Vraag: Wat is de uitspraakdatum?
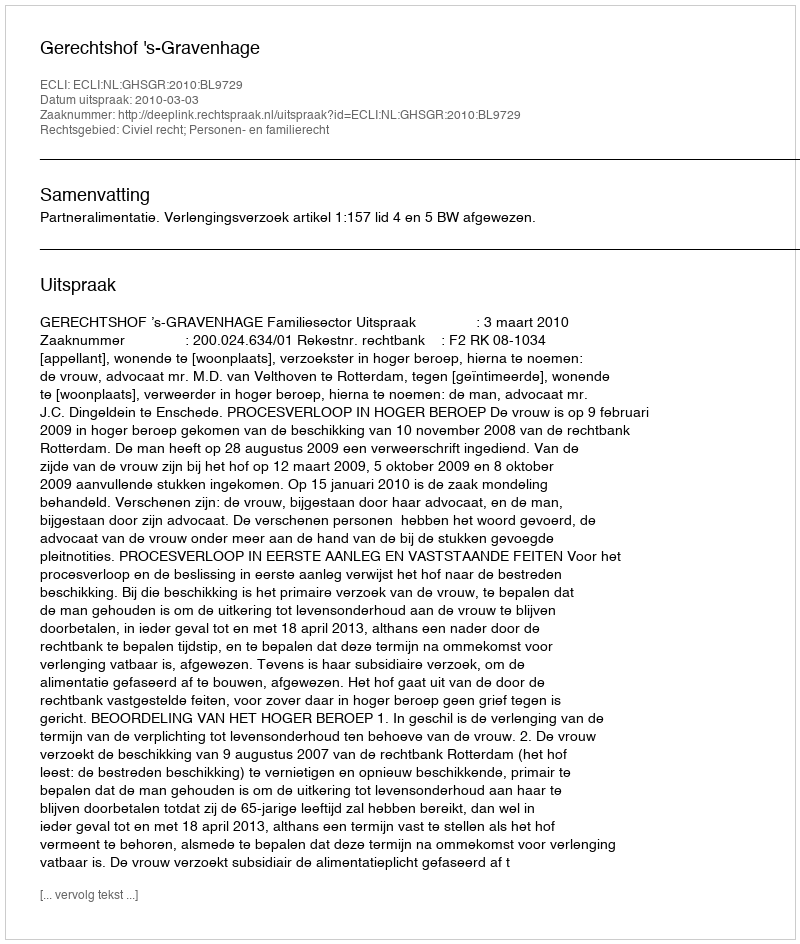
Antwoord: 2010-03-03